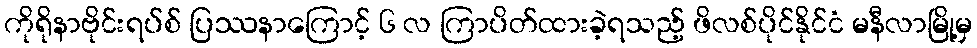
ကိုရိုနာဗိုင်းရပ်စ် ပြဿနာကြောင့် ၆ လ ကြာပိတ်ထားခဲ့ရသည့် ဖိလစ်ပိုင်နိုင်ငံ မနီလာမြို့မှ